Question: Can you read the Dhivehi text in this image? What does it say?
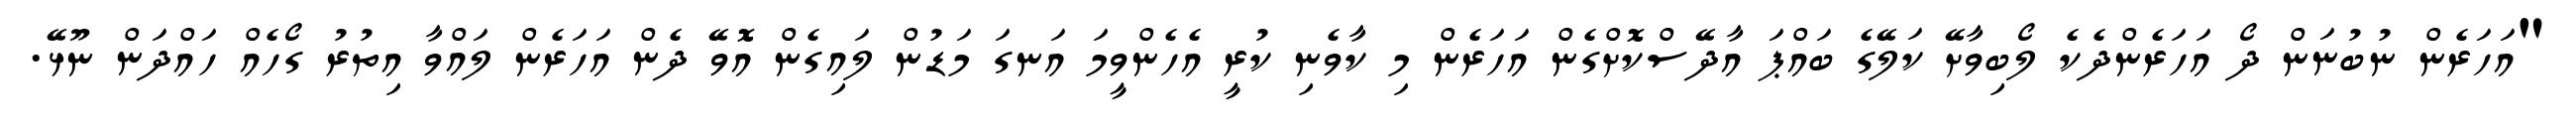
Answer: "އަހަރެން ނުބުނަން ދޯ އަހަރެންދެކެ ލޯބިވާށޭ ކަލޭގެ ބައްޕަ އާދޭސްކޮށްގެން އަހަރެން މި ކާވެނި ކުރީ އެހެންވީމަ އަނގަ މަޑުން ލައިގެން އޮވޭ ދެން އަހަރެން ލައްވާ އިތުރު ގޯހެއް ހައްދަން ނޫޅޭ.